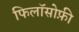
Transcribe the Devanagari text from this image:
फिलॉसोफ़ी